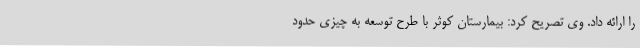
را ارائه داد. وی تصریح کرد: بیمارستان کوثر با طرح توسعه به چیزی حدود